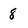
Character: 8